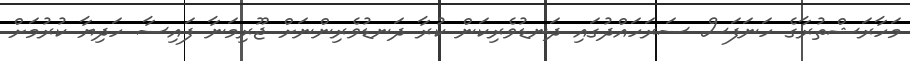
މަހާރަޝްތުރާގެ ހަނަފަސް ސަރަހައްދުގައި ދަނޑުވެރިކަން ކުރާ ދަނޑުވެރިންނަށް ޖޫރިމަނާ ފައިސާ ހަދިޔާ ކުރުމަށް